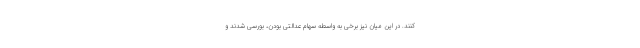
کنند. در این میان نیز برخی به واسطه سهام عدالتی بودن، بورسی شدند و